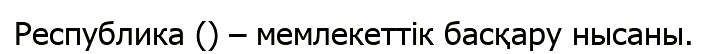
Республика () – мемлекеттік басқару нысаны.